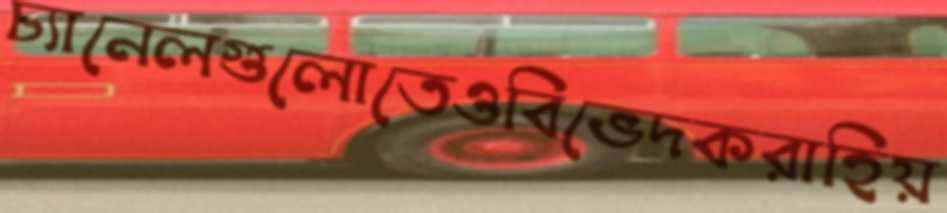
চ্যানেলগুলোতেওবিভেদকরাহিয়